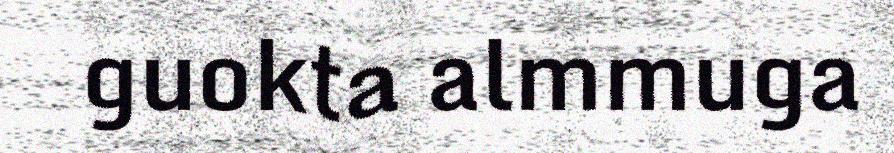
guokta almmuga